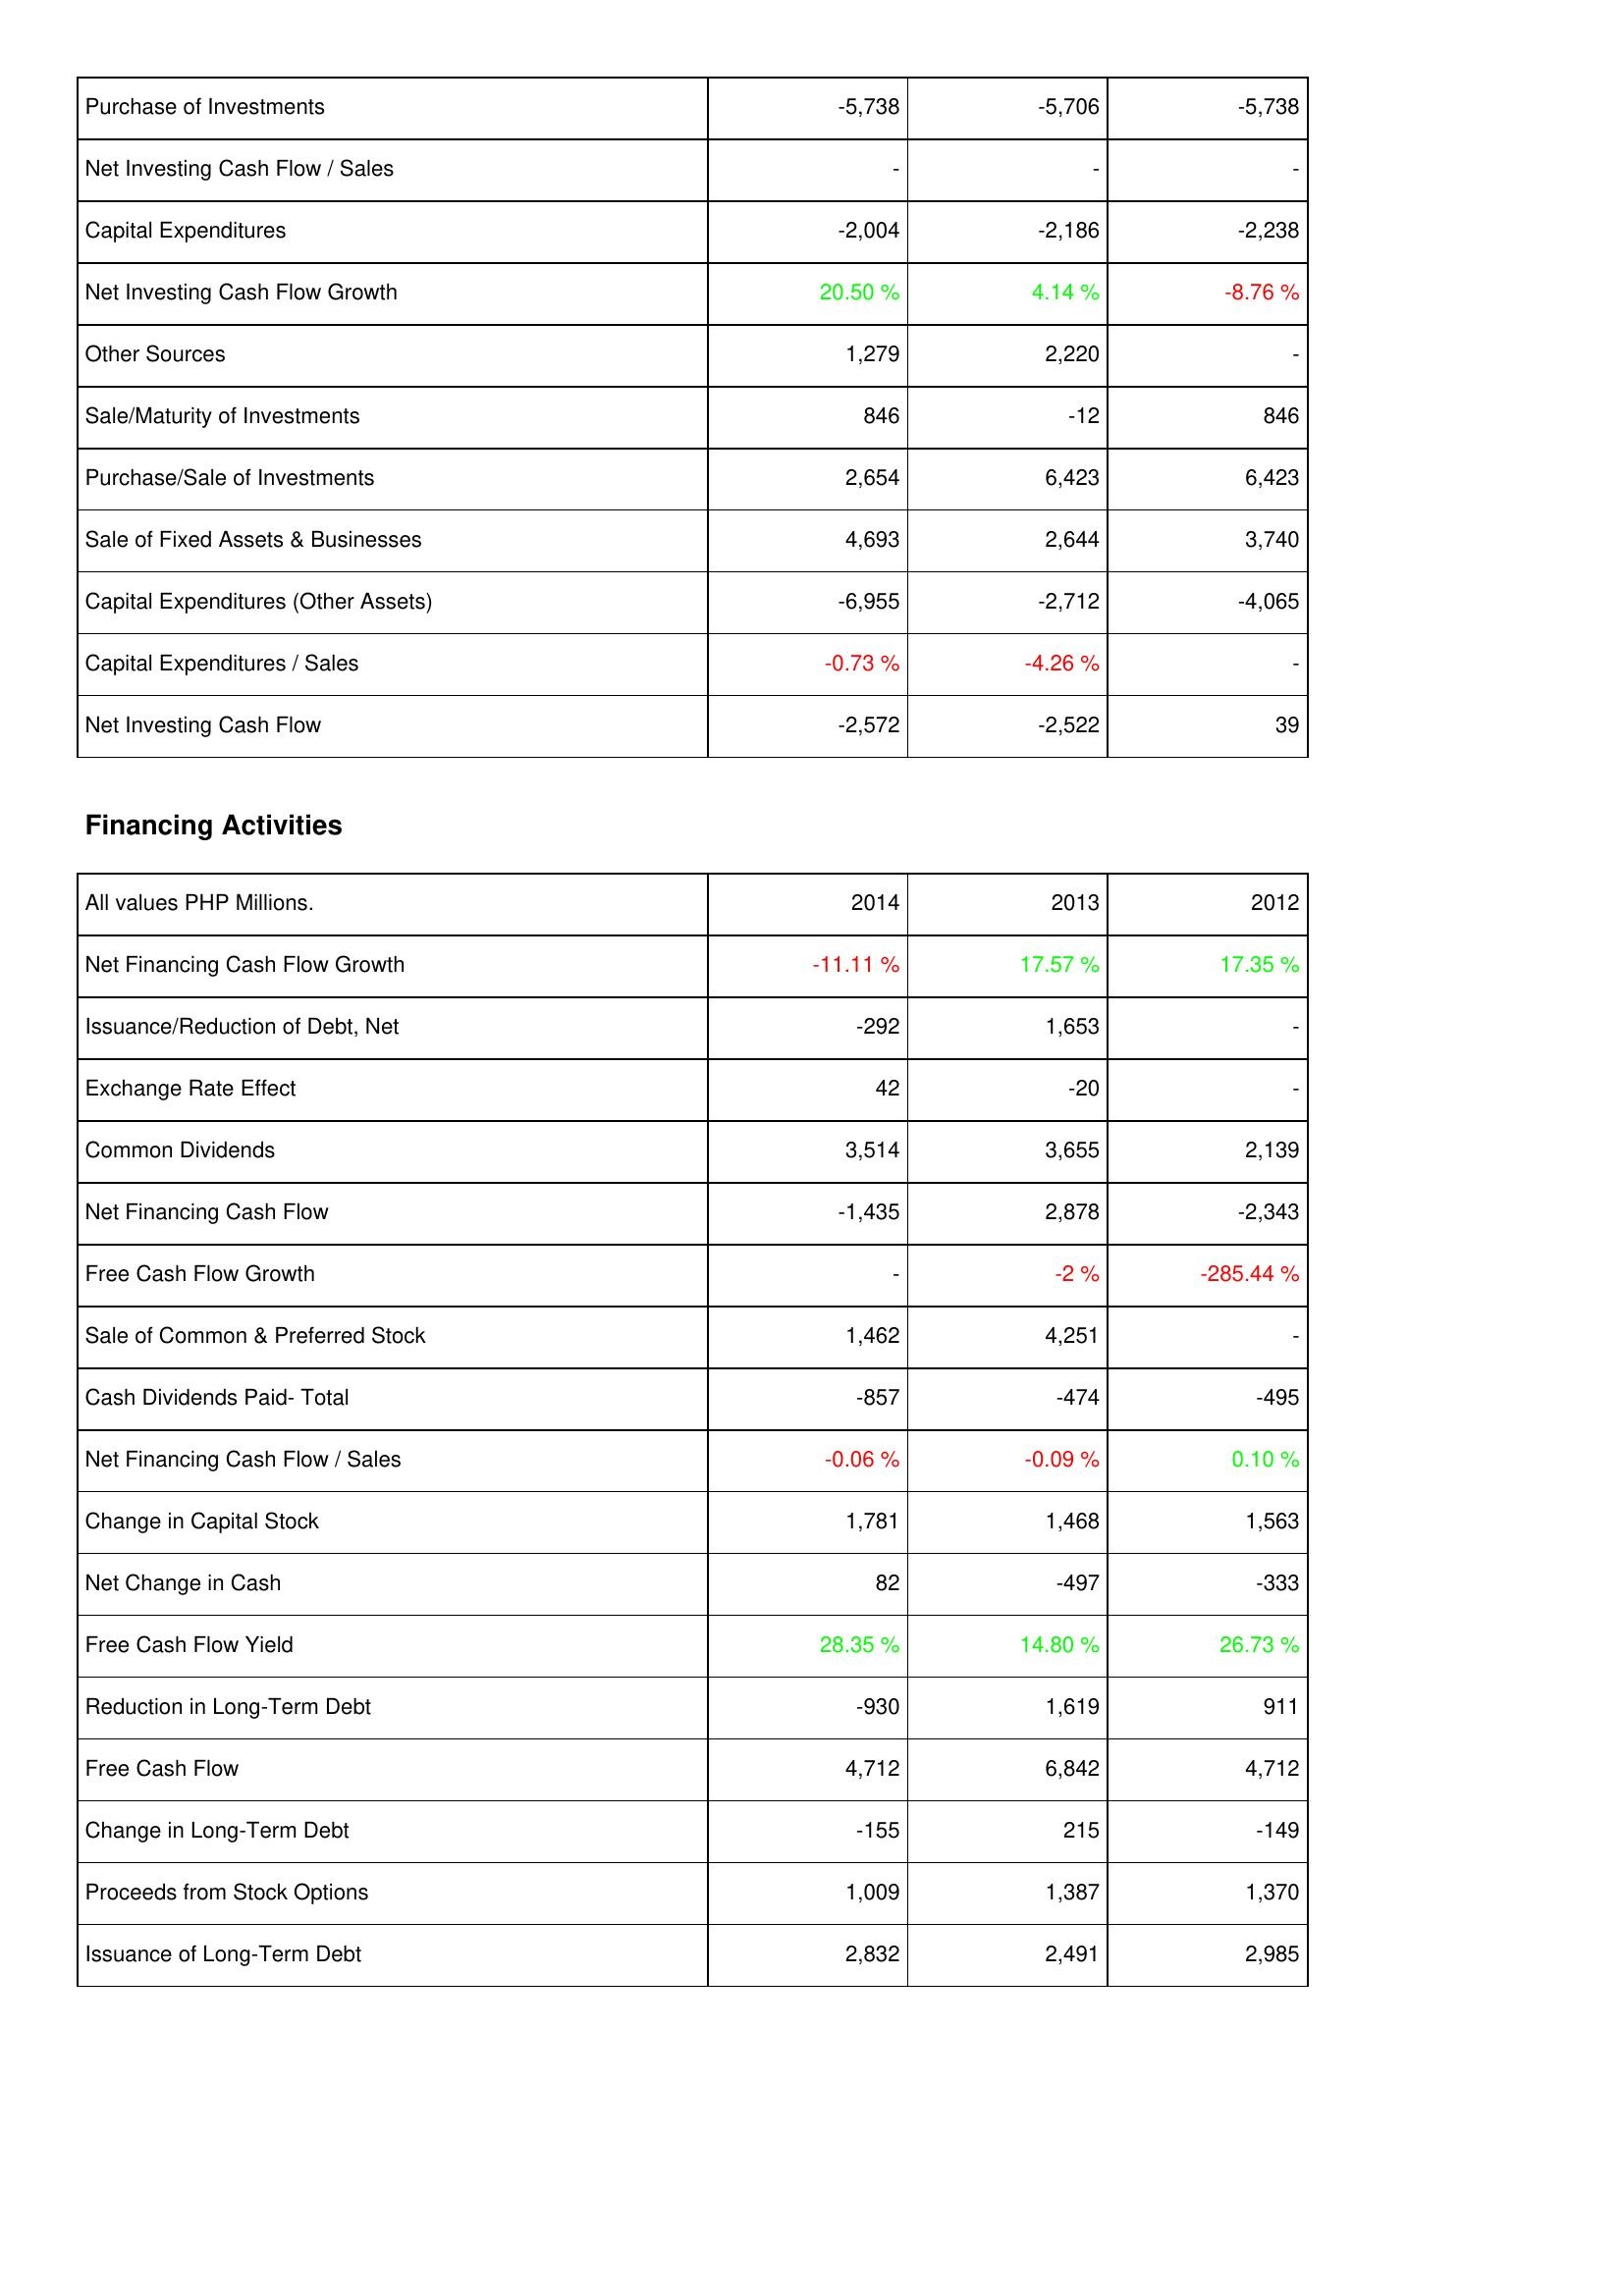
2014: Investing Activities: Purchase of Investments: -5,738
Net Investing Cash Flow / Sales: -
Capital Expenditures: -2,004
Net Investing Cash Flow Growth: 20.50 %
Other Sources: 1,279
Sale/Maturity of Investments: 846
Purchase/Sale of Investments: 2,654
Sale of Fixed Assets & Businesses: 4,693
Capital Expenditures (Other Assets): -6,955
Capital Expenditures / Sales: -0.73 %
Net Investing Cash Flow: -2,572
Financing Activities: Net Financing Cash Flow Growth: -11.11 %
Issuance/Reduction of Debt, Net: -292
Exchange Rate Effect: 42
Common Dividends: 3,514
Net Financing Cash Flow: -1,435
Free Cash Flow Growth: -
Sale of Common & Preferred Stock: 1,462
Cash Dividends Paid- Total: -857
Net Financing Cash Flow / Sales: -0.06 %
Change in Capital Stock: 1,781
Net Change in Cash: 82
Free Cash Flow Yield: 28.35 %
Reduction in Long-Term Debt: -930
Free Cash Flow: 4,712
Change in Long-Term Debt: -155
Proceeds from Stock Options: 1,009
Issuance of Long-Term Debt: 2,832
2013: Investing Activities: Purchase of Investments: -5,706
Net Investing Cash Flow / Sales: -
Capital Expenditures: -2,186
Net Investing Cash Flow Growth: 4.14 %
Other Sources: 2,220
Sale/Maturity of Investments: -12
Purchase/Sale of Investments: 6,423
Sale of Fixed Assets & Businesses: 2,644
Capital Expenditures (Other Assets): -2,712
Capital Expenditures / Sales: -4.26 %
Net Investing Cash Flow: -2,522
Financing Activities: Net Financing Cash Flow Growth: 17.57 %
Issuance/Reduction of Debt, Net: 1,653
Exchange Rate Effect: -20
Common Dividends: 3,655
Net Financing Cash Flow: 2,878
Free Cash Flow Growth: -2 %
Sale of Common & Preferred Stock: 4,251
Cash Dividends Paid- Total: -474
Net Financing Cash Flow / Sales: -0.09 %
Change in Capital Stock: 1,468
Net Change in Cash: -497
Free Cash Flow Yield: 14.80 %
Reduction in Long-Term Debt: 1,619
Free Cash Flow: 6,842
Change in Long-Term Debt: 215
Proceeds from Stock Options: 1,387
Issuance of Long-Term Debt: 2,491
2012: Investing Activities: Purchase of Investments: -5,738
Net Investing Cash Flow / Sales: -
Capital Expenditures: -2,238
Net Investing Cash Flow Growth: -8.76 %
Other Sources: -
Sale/Maturity of Investments: 846
Purchase/Sale of Investments: 6,423
Sale of Fixed Assets & Businesses: 3,740
Capital Expenditures (Other Assets): -4,065
Capital Expenditures / Sales: -
Net Investing Cash Flow: 39
Financing Activities: Net Financing Cash Flow Growth: 17.35 %
Issuance/Reduction of Debt, Net: -
Exchange Rate Effect: -
Common Dividends: 2,139
Net Financing Cash Flow: -2,343
Free Cash Flow Growth: -285.44 %
Sale of Common & Preferred Stock: -
Cash Dividends Paid- Total: -495
Net Financing Cash Flow / Sales: 0.10 %
Change in Capital Stock: 1,563
Net Change in Cash: -333
Free Cash Flow Yield: 26.73 %
Reduction in Long-Term Debt: 911
Free Cash Flow: 4,712
Change in Long-Term Debt: -149
Proceeds from Stock Options: 1,370
Issuance of Long-Term Debt: 2,985